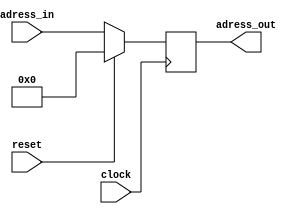
module pc(clock, reset,adress_in,adress_out);

// inputs
input clock;				//	clock
input reset;				// reset
input [7:0] adress_in;	//	numero da instrucao

// outputs
output reg[7:0] adress_out;

// inicializa
initial
	begin
	
		adress_out = 8'b00000000;
	
	end


// reseta instrucoes	
always @(negedge clock)
	begin
	
		adress_out = reset? 8'b00000000:adress_in;
		
	end

endmodule